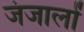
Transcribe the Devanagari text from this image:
जंजालों